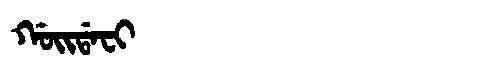
Manchu: ᡤᠣᡳᡩᠠᠸᡳ
Romanization: GOIDAFI